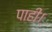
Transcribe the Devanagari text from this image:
पाहीं।